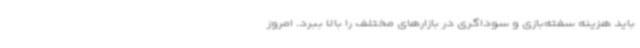
باید هزینه سفته‌بازی و سوداگری در بازارهای مختلف را بالا ببرد. امروز